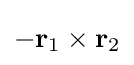
-\mathbf {r} _{1}\times \mathbf {r} _{2}